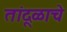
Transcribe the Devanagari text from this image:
तांदूळाचे